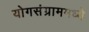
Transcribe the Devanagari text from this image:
योगसंग्राममध्ये